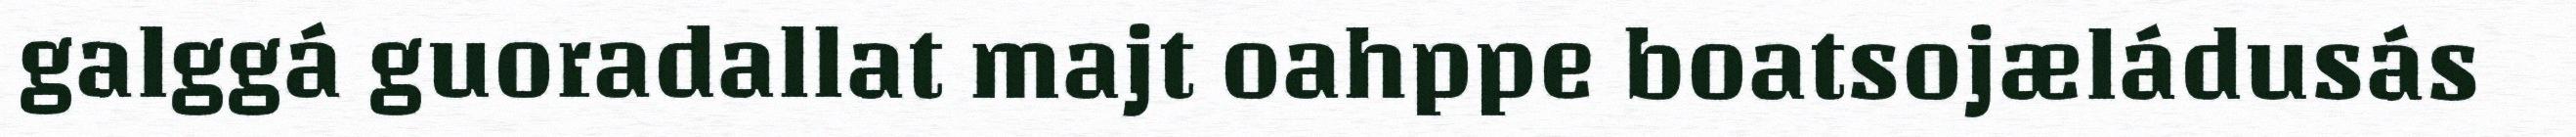
galggá guoradallat majt oahppe boatsojæládusás